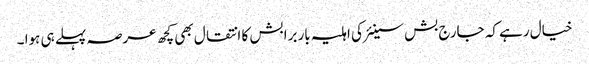
خیال رہے کہ جارج بش سینئر کی اہلیہ باربرا بش کا انتقال بھی کچھ عرصہ پہلے ہی ہوا ۔